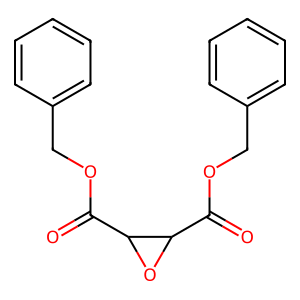
SMILES: O=C(OCc1ccccc1)C1OC1C(=O)OCc1ccccc1
Inhibits HIV replication: No